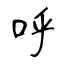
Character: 呼